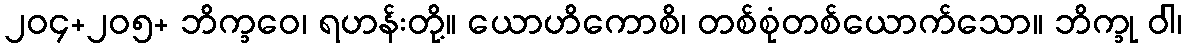
၂၀၄+၂၀၅+ ဘိက္ခဝေ၊ ရဟန်းတို့။ ယောဟိကောစိ၊ တစ်စုံတစ်ယောက်သော။ ဘိက္ခု ဝါ၊